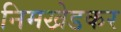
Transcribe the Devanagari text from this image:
निमखेडकर